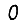
Digit: 0